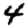
Digit: 4